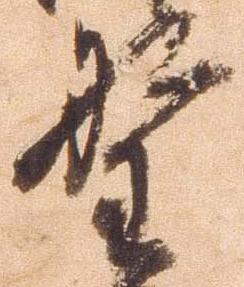
野